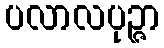
ပလာလပုဉ္ဇာ